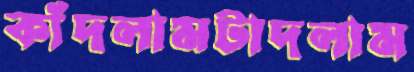
কাঁদলামটাদলাম